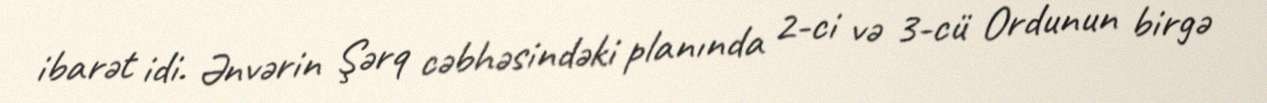
ibarət idi. Ənvərin Şərq cəbhəsindəki planında 2-ci və 3-cü Ordunun birgə